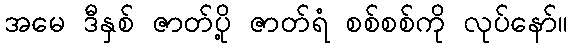
အမေ ဒီနှစ် ဇာတ်ပို့ ဇာတ်ရံ စစ်စစ်ကို လုပ်နော်။